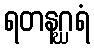
ရတနဂ္ဃရံ